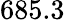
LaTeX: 685.3